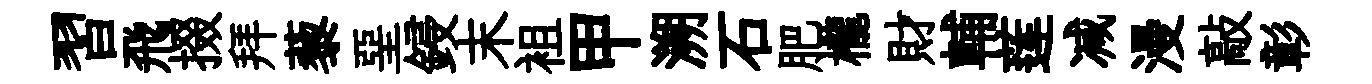
習飛掇拜藜堊鋟末袓甲溯石肥櫳財輔莲减漫敲彰